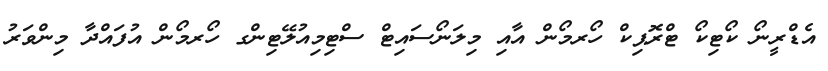
އެޑްރީނޯ ކޯޓިކޯ ޓްރޮޕިކް ހޯރމޯން އާއި މިލަނޯސައިޓް ސްޓިމިއުލޭޓިންގ ހޯރމޯން އުފައްދާ މިންވަރު